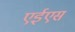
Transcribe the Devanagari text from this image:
एईएस